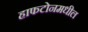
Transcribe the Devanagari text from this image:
हाफटोनमधील